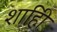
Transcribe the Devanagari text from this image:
शाहीि